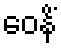
ဝေနိံ